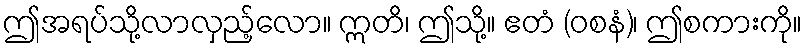
ဤအရပ်သို့လာလှည့်လော။ ဣတိ၊ ဤသို့။ ဧတံ (ဝစနံ)၊ ဤစကားကို။